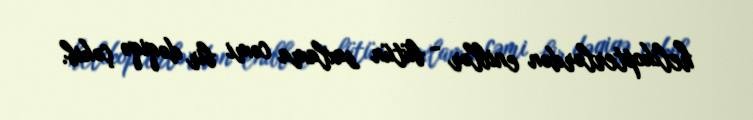
helikopterlərdən eniblər - bütün saxlama cəmi bir dəqiqə çəkib.